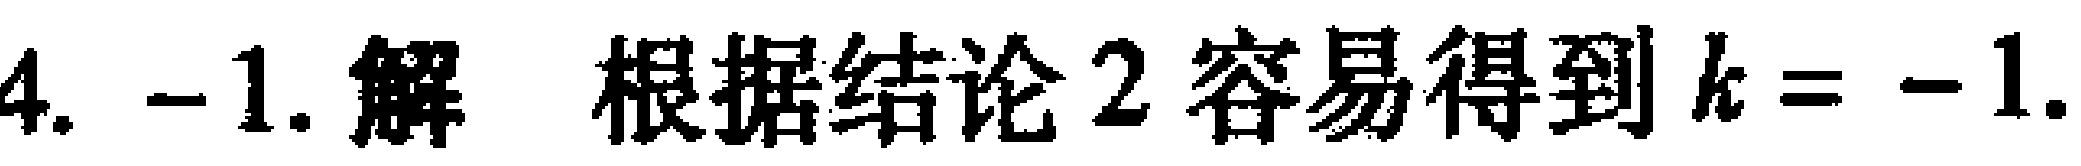
4. -1. 解 根据结论 2 容易得到 \(k = -1\).